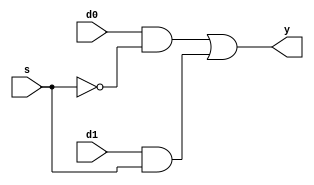
module mux2to1 (
    d0, d1, s, y
);
input d0, d1, s;
output y;

wire sbar, w1, w2;

not g1(sbar, s);
and g2(w1, d0, sbar);
and g3(w2, d1, s);
or g4(y, w1, w2);
    
endmodule

module mux2to1TestBench;
reg d0, d1, s;
wire y;

mux2to1 i(d0, d1, s, y);

initial begin
    s=1'b0; d0=1'b0; d1=1'b0;

    $monitor("Time: %0t d0=%b d1=%b s=%b y=%b", $time, d0, d1, s, y);
    #5 s=1'b0; d0=1'b1; d1=1'b0;
    #5 s=1'b0; d0=1'b0; d1=1'b1;
    #5 s=1'b1; d0=1'b1; d1=1'b0;
    #5 s=1'b1; d0=1'b0; d1=1'b1;
end
endmodule